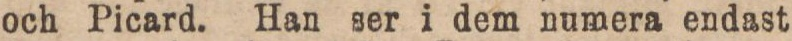
och Picard. Han ser i dem numera endast